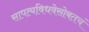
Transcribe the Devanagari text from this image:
सापत्यविधवेसोबतचं